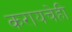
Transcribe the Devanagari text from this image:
करायचेही